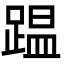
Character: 𮛴